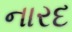
નારદ